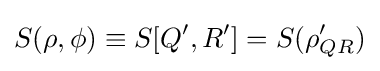
S(\rho ,\phi )\equiv S[Q',R']=S(\rho _{QR}')